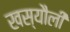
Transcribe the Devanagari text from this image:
खस्यौली